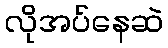
လိုအပ်နေဆဲ